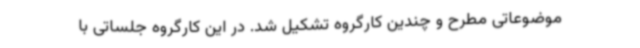
موضوعاتی مطرح و چندین کارگروه تشکیل شد. در این کارگروه جلساتی با